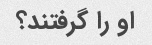
او را گرفتند؟